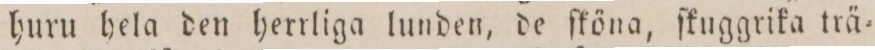
huru hela den herrliga lunden, de ſköna, ſkuggrika trä=